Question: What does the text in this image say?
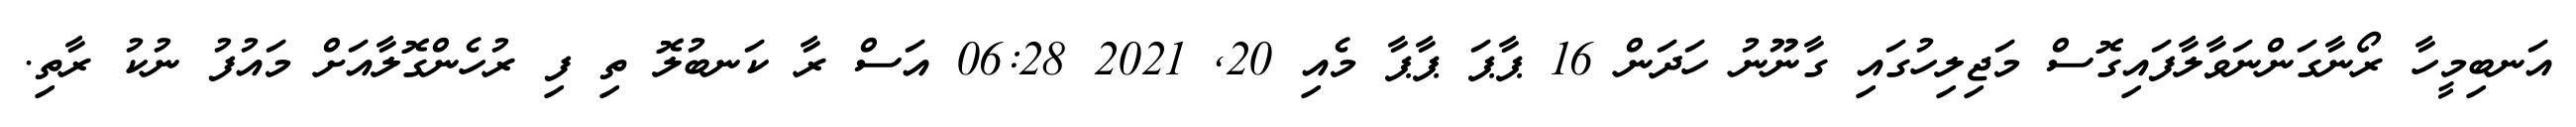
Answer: އަނބިމީހާ ރޯނާގަންނަވާލާފައިގޮސް މަޖިލިހުގައި ގާނޫނު ހަދަން 16 ޕާޕަ ޕާޕާ މެއި 20, 2021 06:28 އަސް ރާ ކަނބުލޮ ތި ފި ރުހެންގޮލާއަށް މައުފު ނުކު ރާތި.